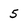
Character: 5